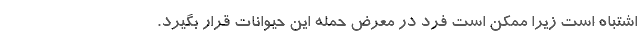
اشتباه است زیرا ممکن است فرد در معرض حمله این حیوانات قرار بگیرد.